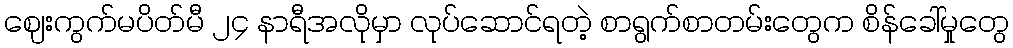
ဈေးကွက်မပိတ်မီ ၂၄ နာရီအလိုမှာ လုပ်ဆောင်ရတဲ့ စာရွက်စာတမ်းတွေက စိန်ခေါ်မှုတွေ